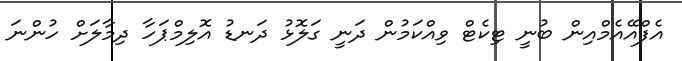
އެފްއޭއެމްއިން ބުނީ ޓިކެޓް ވިއްކަމުން ދަނީ ގަލޮޅު ދަނޑު އޮލިމްޕަހާ ދިމާލަށް ހުންނަ